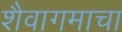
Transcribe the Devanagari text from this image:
शैवागमाचा